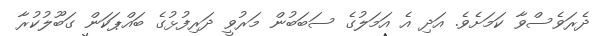
ދެރަވެސްވާ ކަމަށެވެ. އަދި އެ އަމަލުގެ ސަބަބުން މަރުވީ ދަރިފުޅުގެ ބައްޕަކަން ގަބޫލުކުރާ